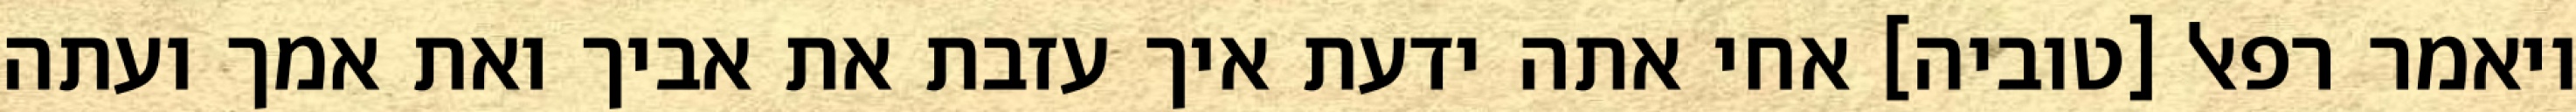
ויאמר רפאל [טוביה] אחי אתה ידעת איך עזבת את אביך ואת אמך ועתה